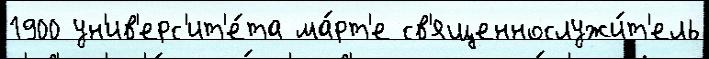
1900 ун'ив'ерс'ит'е́та ма́рт'е св'ященнослужи́т'ель